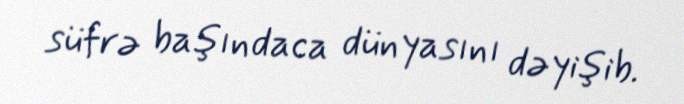
süfrə başındaca dünyasını dəyişib.